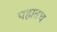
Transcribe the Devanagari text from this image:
पहातच